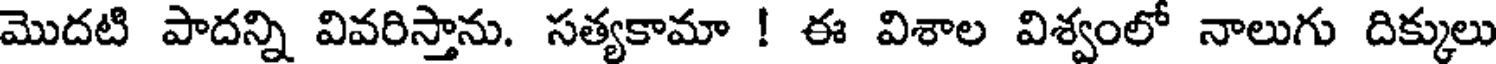
మొదటి పాదన్ని వివరిస్తాను. సత్యకామా ! ఈ విశాల విశ్వంలో నాలుగు దిక్కులు